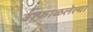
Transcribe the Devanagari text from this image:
वाफाळलेल्या